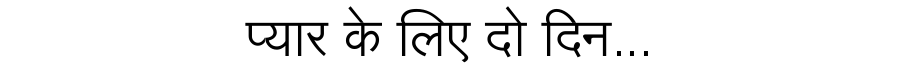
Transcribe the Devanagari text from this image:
प्यार के लिए दो दिन...